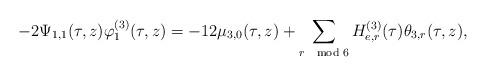
LaTeX: \begin{align*}-2\Psi_{1,1}(\tau,z)\varphi^{(3)}_1(\tau,z)=-12\mu_{3,0}(\tau,z)+\sum_{r\mod 6}H^{(3)}_{e,r}(\tau)\theta_{3,r}(\tau,z),\end{align*}